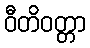
ဝီတိဝတ္တာ